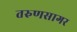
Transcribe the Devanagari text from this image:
तरुणसागर